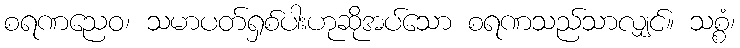
စရဏညေဝ၊ သမာပတ်ရှစ်ပါးဟုဆိုအပ်သော စရဏသည်သာလျှင်။ သစ္စံ၊